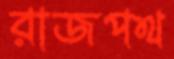
রাজপথ